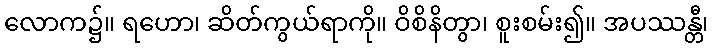
လောက၌။ ရဟော၊ ဆိတ်ကွယ်ရာကို။ ဝိစိနိတွာ၊ စူးစမ်း၍။ အပဿန္တီ၊